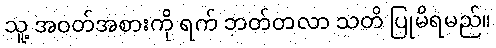
သူ့ အဝတ်အစားကို ရက် ဘတ်တလာ သတိ ပြုမိရမည်။